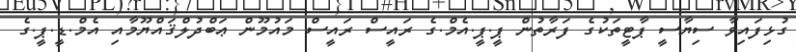
ގުޅިފައިވާ ސިޔާސީ ޕާޓީތަކުގެ ފަރާތުން ޕީ.ޕީ.އެމް.ގެ ރައީސް ރައީސް މައުމޫން ޢަބްދުލްޤައްޔޫމާއި އެމް.ޑީ.ޕީ.ގެ